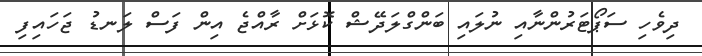
ދިވެހި ސަޕޯޓަރުންނާއި ނުލައި ބަންގްލަދޭޝް ކޮޅަށް ރާއްޖެ އިން ފަސް ލަނޑު ޖަހައިފި